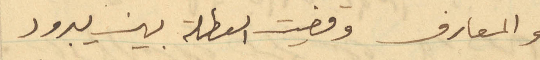
والمعارف وقضيت العطلة بين يبرود